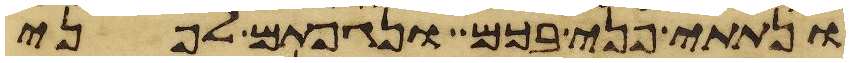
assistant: ונתתי פני בכם ונגפתם לפני